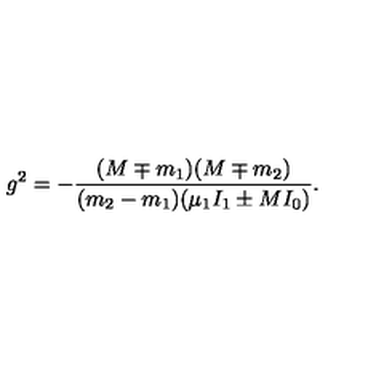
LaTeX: g ^ { 2 } = - \frac { ( M \mp m _ { 1 } ) ( M \mp m _ { 2 } ) } { ( m _ { 2 } - m _ { 1 } ) ( \mu _ { 1 } I _ { 1 } \pm M I _ { 0 } ) } .